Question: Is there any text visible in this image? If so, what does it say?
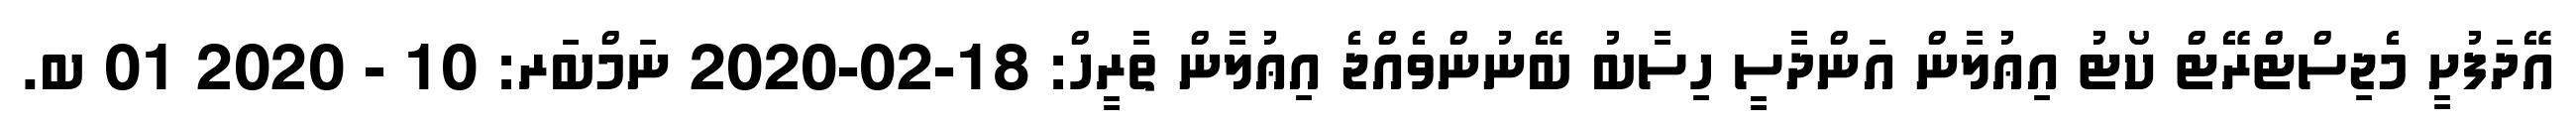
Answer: އޭދަފުށީ މެޖިސްޓްރޭޓް ކޯޓު އިޢުލާން އަންދާސީ ހިސާބު ބޭނުންވެއްޖެ އިޢުލާން ތާރީހް: 18-02-2020 ނަމްބަރ: 10 - 2020 01 ބ.